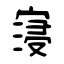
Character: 寖